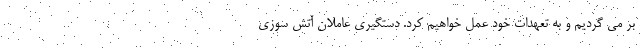
بر می گردیم و به تعهدات خود عمل خواهیم کرد. دستگیری عاملان آتش سوزی